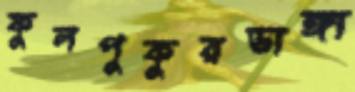
ফুলপুকুরডাঙ্গা